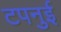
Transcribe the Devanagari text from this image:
टपनुई